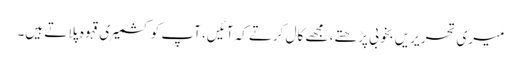
میری تحریریں بخوبی پڑھتے، مجھے کال کرتے کہ آئیں، آپ کو کشمیری قہوہ پلاتے ہیں۔